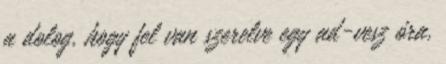
a dolog, hogy fel van szerelve egy ad-vesz óra,